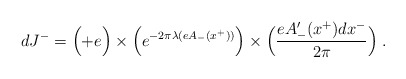
\begin{align*}dJ^- = \Bigl( +e \Bigr) \times \Bigl(e^{-2\pi \lambda(e A_-(x^+))} \Bigr) \times \Bigl({e A_-^{\prime}(x^+) dx^- \over 2\pi}\Bigr) \; . \end{align*}